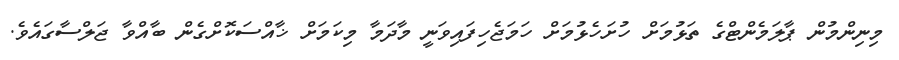
މިނިންމުން ޕާލަމެންޓްގެ ތަޅުމަށް ހުށަހެޅުމަށް ހަމަޖެހިފައިވަނީ މާދަމާ މިކަމަށް ޚާއްސަކޮށްގެން ބާއްވާ ޖަލްސާގައެވެ.